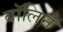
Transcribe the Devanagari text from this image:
बॉलिन